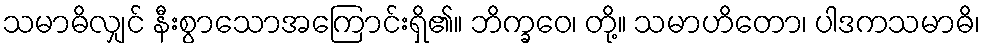
သမာဓိလျှင် နီးစွာသောအကြောင်းရှိ၏။ ဘိက္ခဝေ၊ တို့။ သမာဟိတော၊ ပါဒကသမာဓိ၊